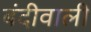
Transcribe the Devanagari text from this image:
बंदीवाली